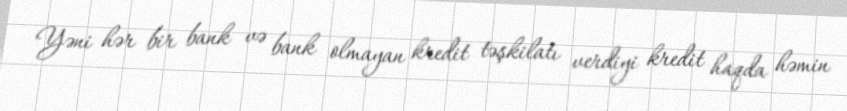
Yəni hər bir bank və bank olmayan kredit təşkilatı verdiyi kredit haqda həmin